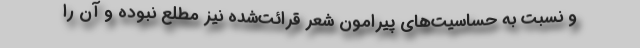
و نسبت به حساسیت‌های پیرامون شعر قرائت‌شده نیز مطلع نبوده و آن را